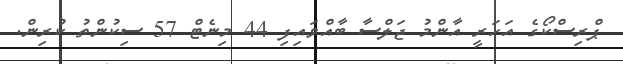
ޕްރިސްކޯގެ އަހަރީ އާންމު ޖަލްސާ ބާއްވައިފި 44 މިނެޓް 57 ސިކުންތު ކުރިން.